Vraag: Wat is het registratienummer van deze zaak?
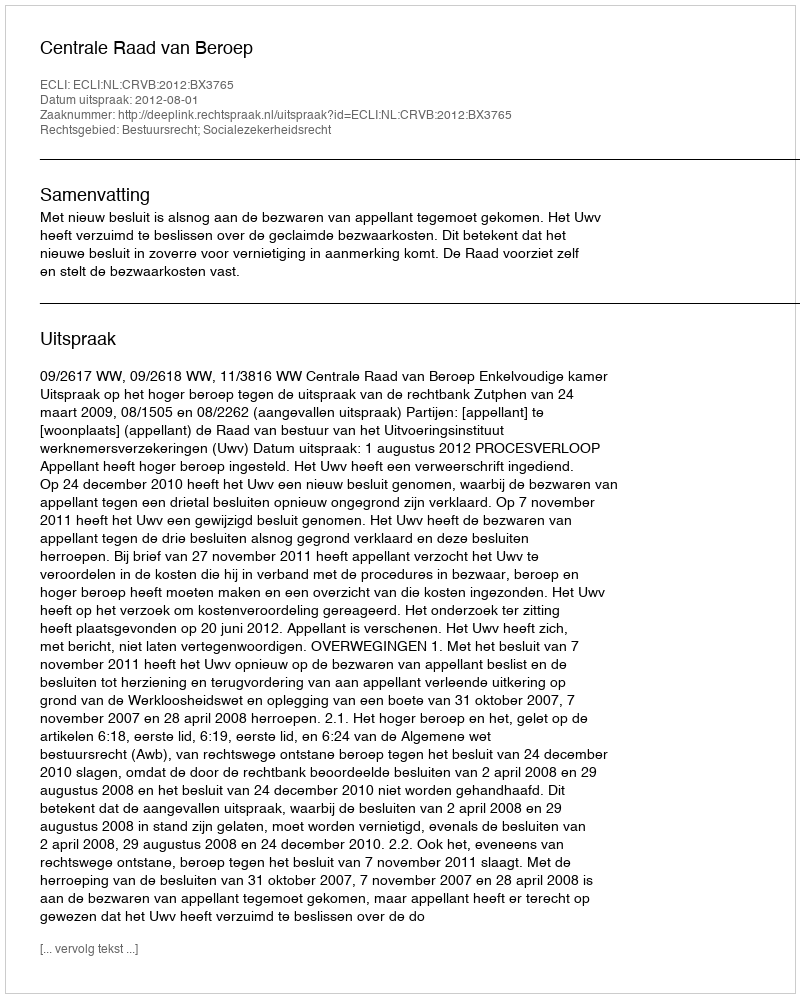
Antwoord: http://deeplink.rechtspraak.nl/uitspraak?id=ECLI:NL:CRVB:2012:BX3765